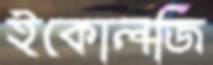
ইকোলজি